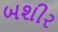
બશીર